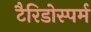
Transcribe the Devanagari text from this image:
टैरिडोस्पर्म